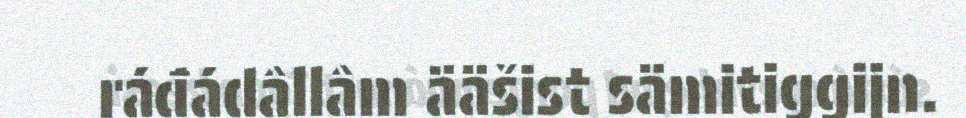
ráđádâllâm ääšist sämitiggijn.